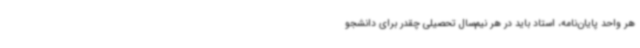
هر واحد پایان‌نامه، استاد باید در هر نیم‌سال تحصیلی چقدر برای دانشجو